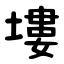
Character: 塿